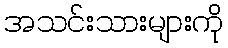
အသင်းသားများကို